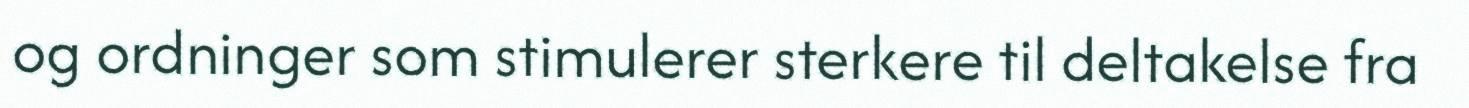
og ordninger som stimulerer sterkere til deltakelse fra